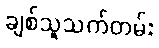
ချစ်သူသက်တမ်း